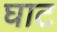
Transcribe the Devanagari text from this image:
घाट